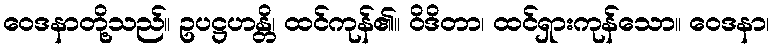
ဝေဒနာတို့သည်။ ဥပဋ္ဌဟန္တိ၊ ထင်ကုန်၏။ ဝိဒိတာ၊ ထင်ရှားကုန်သော။ ဝေဒနာ၊